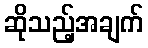
ဆိုသည့်အချက်